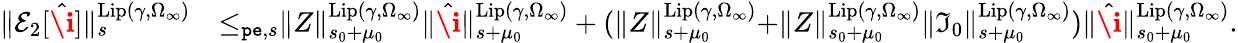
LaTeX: \begin{array}{rl}{\rVert\mathcal{E}_{2}[\hat{\textbf{\i}}]\rVert_{s}^{\mathrm{Lip}(\gamma,\Omega_{\infty})}}&{\le_{\mathtt{pe},s}\rVert Z\rVert_{s_{0}+\mu_{0}}^{\mathrm{Lip}(\gamma,\Omega_{\infty})}\rVert\hat{\textbf{\i}}\rVert_{s+\mu_{0}}^{\mathrm{Lip}(\gamma,\Omega_{\infty})}+(\rVert Z\rVert_{s+\mu_{0}}^{\mathrm{Lip}(\gamma,\Omega_{\infty})}+\rVert Z\rVert_{s_{0}+\mu_{0}}^{\mathrm{Lip}(\gamma,\Omega_{\infty})}\rVert\mathfrak{I}_{0}\rVert_{s+\mu_{0}}^{\mathrm{Lip}(\gamma,\Omega_{\infty})})\rVert\hat{\textbf{\i}}\rVert_{s_{0}+\mu_{0}}^{\mathrm{Lip}(\gamma,\Omega_{\infty})}.}\end{array}